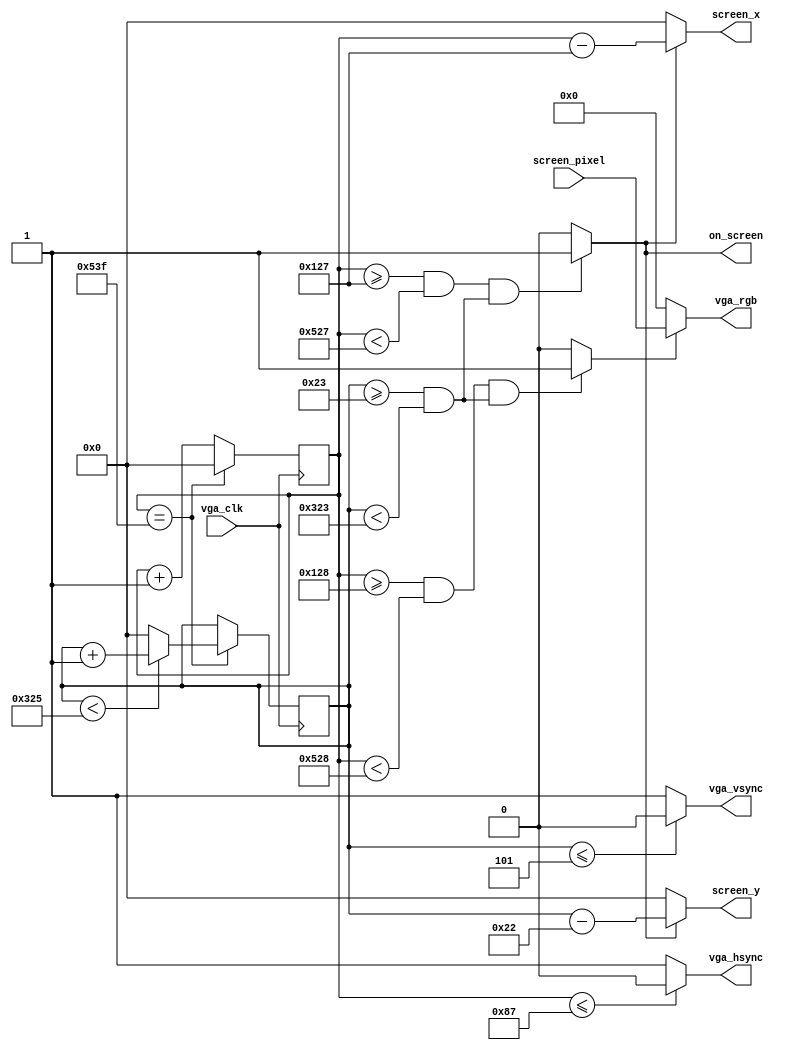

`timescale 1ns / 1ps

// 1024x768 @ 60Hz
module vga_screen(
  
  // Wiring
  input        vga_clk,  // 65 MHz clock
  output       vga_hsync,
  output       vga_vsync,
  output [15:0]  vga_rgb,

  // Screen user interface
  output      on_screen,
  output [10:0]  screen_x,
  output [10:0]  screen_y,
  input  [15:0]  screen_pixel
);

`define SYNC_POLARITY 1'b0

`define H_FRONT  11'd24   
`define H_SYNC   11'd136  
`define H_BACK   11'd160 
`define H_DISP   11'd1024  
`define H_TOTAL  11'd1344 
           
`define V_FRONT  11'd3 
`define V_SYNC   11'd6    
`define V_BACK   11'd29   
`define V_DISP   11'd768
`define V_TOTAL  11'd806

////////////////////////////////////////////////////////////////////////////////
// DRIVING H_SYNC AND V_SYNC
////////////////////////////////////////////////////////////////////////////////

reg [10:0] h_cnt;
assign vga_hsync = (h_cnt <= `H_SYNC - 1'b1) ? 1'b0 : 1'b1;

reg [10:0] v_cnt;
assign vga_vsync = (v_cnt <= `V_SYNC - 1'b1) ? 1'b0 : 1'b1;

always @ (posedge vga_clk)
begin
  if(h_cnt == `H_TOTAL - 1'b1) begin
    h_cnt <= 11'd0;
    if(v_cnt < `V_TOTAL - 1'b1) begin
      v_cnt <= v_cnt + 1'b1;
    end else begin
      v_cnt <= 11'd0;
    end
  end else begin
    h_cnt <= h_cnt + 1'b1;
  end    
end

////////////////////////////////////////////////////////////////////////////////
// DRIVING RGB
////////////////////////////////////////////////////////////////////////////////

assign on_screen =
  (h_cnt >= `H_SYNC + `H_BACK - 1'b1 && h_cnt < `H_SYNC + `H_BACK + `H_DISP - 1'b1) &&
  (v_cnt >= `V_SYNC + `V_BACK && v_cnt < `V_SYNC + `V_BACK + `V_DISP) 
  ? 1'b1 : 1'b0;
            
assign screen_x = on_screen ? (h_cnt - (`H_SYNC + `H_BACK - 1'b1)) : 11'd0;
assign screen_y = on_screen ? (v_cnt - (`V_SYNC + `V_BACK - 1'b1)) : 11'd0;    

reg [15:0] vga_rgb_reg; 

always @(*) begin
  vga_rgb_reg <= screen_pixel;
end

wire vga_en;
assign vga_en =
  (h_cnt >= `H_SYNC + `H_BACK && h_cnt < `H_SYNC + `H_BACK + `H_DISP) &&
  (v_cnt >= `V_SYNC + `V_BACK && v_cnt < `V_SYNC + `V_BACK + `V_DISP) 
  ? 1'b1 : 1'b0;

assign vga_rgb = vga_en ? vga_rgb_reg : 16'd0;

endmodule